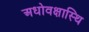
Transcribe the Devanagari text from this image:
अधोवक्षास्थि